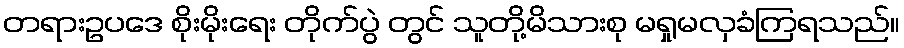
တရားဥပဒေ စိုးမိုးရေး တိုက်ပွဲ တွင် သူတို့မိသားစု မရှုမလှခံကြရသည်။